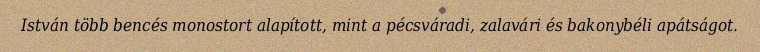
István több bencés monostort alapított, mint a pécsváradi, zalavári és bakonybéli apátságot.